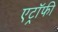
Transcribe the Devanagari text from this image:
एट्रॉफी